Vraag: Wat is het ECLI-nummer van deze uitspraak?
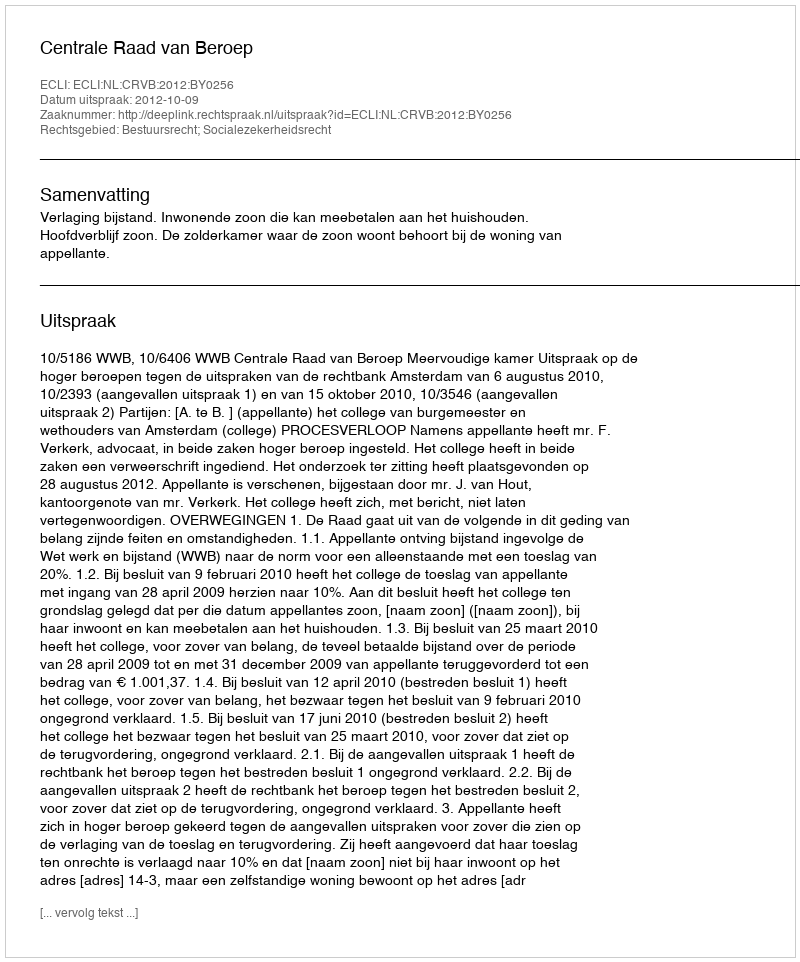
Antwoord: ECLI:NL:CRVB:2012:BY0256